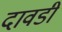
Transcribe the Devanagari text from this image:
दावडी